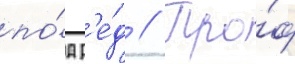
по́д р'е́д // Про́ф